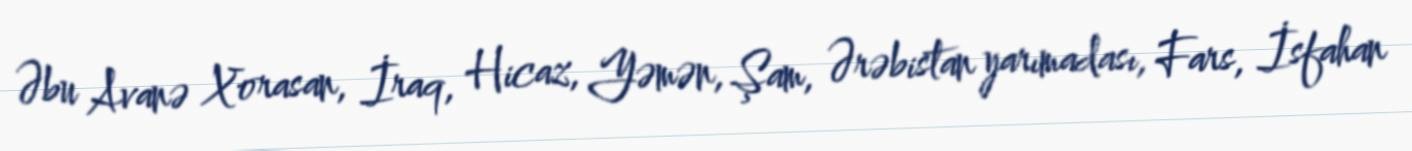
Əbu Avanə Xorasan, İraq, Hicaz, Yəmən, Şam, Ərəbistan yarımadası, Fars, İsfahan